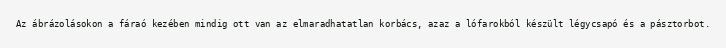
Az ábrázolásokon a fáraó kezében mindig ott van az elmaradhatatlan korbács, azaz a lófarokból készült légycsapó és a pásztorbot.